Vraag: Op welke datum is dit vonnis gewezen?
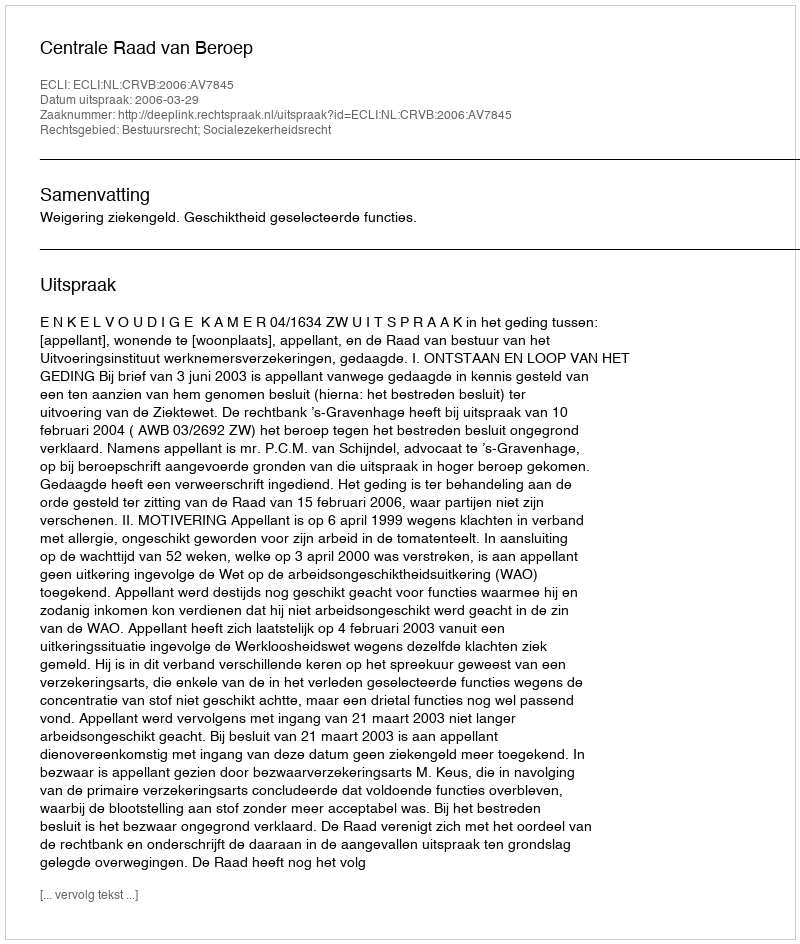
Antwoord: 2006-03-29